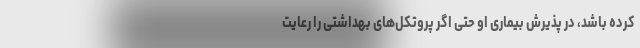
کرده باشد، در پذیرش بیماری او حتی اگر پروتکل‌های بهداشتی را رعایت